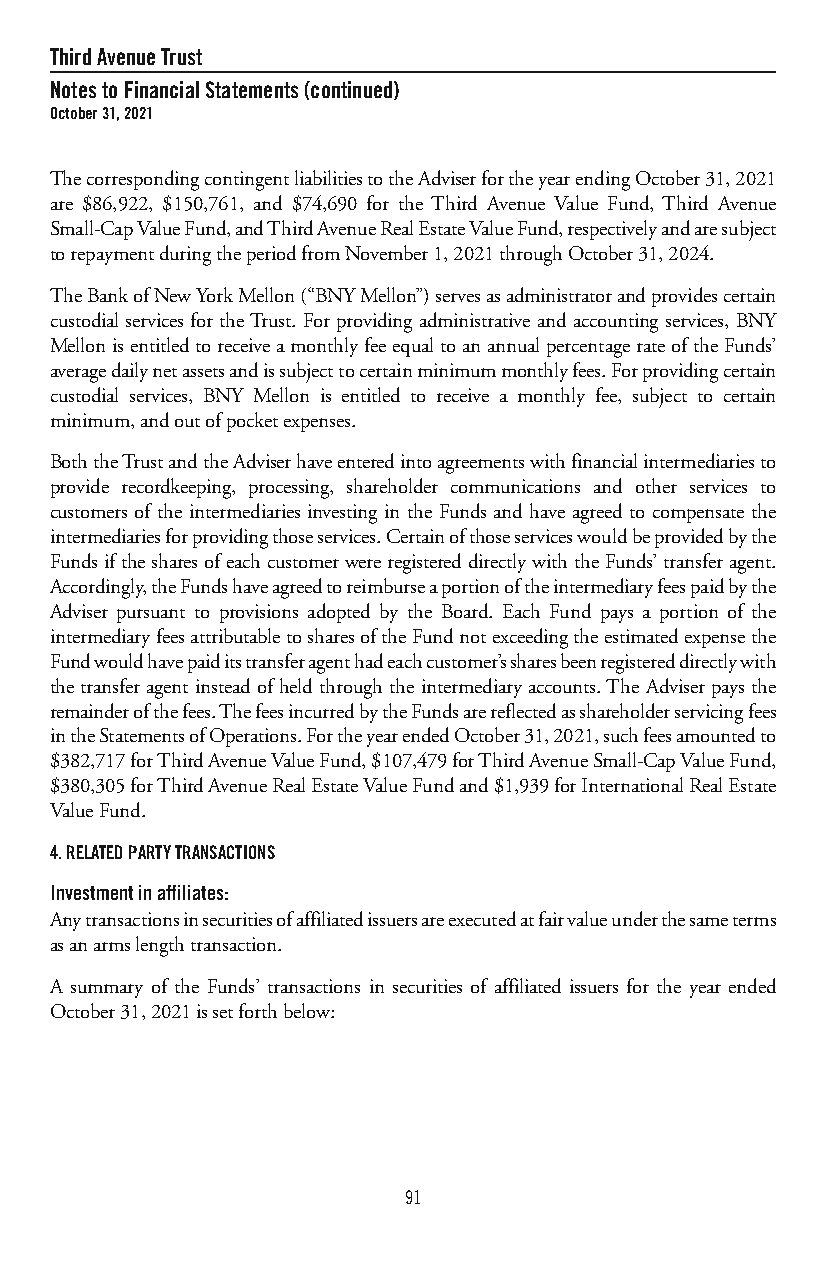
ThirdAvenueTrust
 NotestoFinancialStatements(continued)
 October31,2021
 ThecorrespondingcontingentliabilitiestotheAdviserfortheyearendingOctober31,2021
 are $86,922, $150,761, and $74,690 for the Third Avenue Value Fund, Third Avenue
 Small-CapValueFund,andThirdAvenueRealEstateValueFund,respectivelyandaresubject
 torepaymentduringtheperiodfromNovember1,2021throughOctober31,2024.
 TheBankofNewYorkMellon(“BNYMellon”)servesasadministratorandprovidescertain
 custodial services for theTrust. For providing administrative and accounting services, BNY
 MellonisentitledtoreceiveamonthlyfeeequaltoanannualpercentagerateoftheFunds’
 averagedailynetassetsandissubjecttocertainminimummonthlyfees.Forprovidingcertain
 custodial services, BNY Mellon is entitled to receive a monthly fee, subject to certain
 minimum,andoutofpocketexpenses.
 BoththeTrustandtheAdviserhaveenteredintoagreementswithfinancialintermediariesto
 provide recordkeeping, processing, shareholder communications and other services to
 customers of the intermediaries investing in the Funds and have agreed to compensate the
 intermediariesforprovidingthoseservices.Certainofthoseserviceswouldbeprovidedbythe
 FundsifthesharesofeachcustomerwereregistereddirectlywiththeFunds’transferagent.
 Accordingly,theFundshaveagreedtoreimburseaportionoftheintermediaryfeespaidbythe
 Adviser pursuant to provisions adopted by the Board. Each Fund pays a portion of the
 intermediaryfeesattributabletosharesoftheFundnotexceedingtheestimatedexpensethe
 Fundwouldhavepaiditstransferagenthadeachcustomer’ssharesbeenregistereddirectlywith
 the transfer agent instead of held through the intermediary accounts.The Adviser pays the
 remainderofthefees.ThefeesincurredbytheFundsarereflectedasshareholderservicingfees
 intheStatementsofOperations.FortheyearendedOctober31,2021,suchfeesamountedto
 $382,717forThirdAvenueValueFund,$107,479forThirdAvenueSmall-CapValueFund,
 $380,305forThirdAvenueRealEstateValueFundand$1,939forInternationalRealEstate
 ValueFund.
 4.RELATEDPARTYTRANSACTIONS
 Investmentinaffiliates:
 Anytransactionsinsecuritiesofaffiliatedissuersareexecutedatfairvalueunderthesameterms
 asanarmslengthtransaction.
 A summary of the Funds’ transactions in securities of affiliated issuers for the year ended
 October31,2021issetforthbelow:
 91